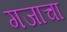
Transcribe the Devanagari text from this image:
गजाचा